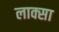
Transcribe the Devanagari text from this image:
लाक्सा